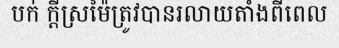
បក់ ក្តីស្រម៉ៃត្រូវបានរលាយតាំងពីពេល